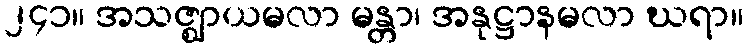
၂၄၁။ အသဇ္ဈာယမလာ မန္တာ၊ အနုဋ္ဌာနမလာ ဃရာ။